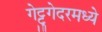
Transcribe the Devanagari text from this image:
गेट्टुगेदरमध्ये